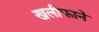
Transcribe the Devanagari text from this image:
खलीफाने